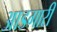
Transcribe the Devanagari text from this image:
आडगारी